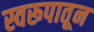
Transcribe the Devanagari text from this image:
स्वरूपातून